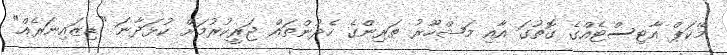
މޭކަޕް އާޓިސްޓެއްގެ ގޮތުގަ އާއި މަޝްހޫރު ތަރިންގެ ހެދުންތައް ޖަރީކުރުމަށް ކުޅަދާނަ "ޑިޒައިނަރެއް"